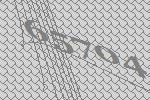
65704